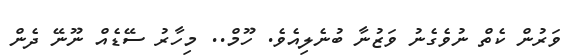
ވަރުން ކެތް ނުވެގެނު ވަޒުނާ ބުނެލިއެވެ. ހޫމް.. މިހާރު ސޭޑެއް ނޫނޭ ދެން